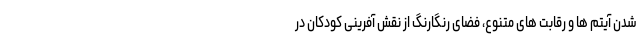
شدن آیتم ها و رقابت های متنوع، فضای رنگارنگ از نقش آفرینی کودکان در